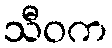
သီဝက